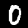
Digit: 0